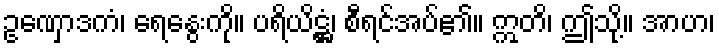
ဥဏှောဒကံ၊ ရေနွေးကို။ ပရိယိဋ္ဌံ၊ စီရင်အပ်၏။ ဣတိ၊ ဤသို့။ အာဟ၊